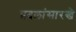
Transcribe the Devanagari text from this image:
प्रदलांसारखे